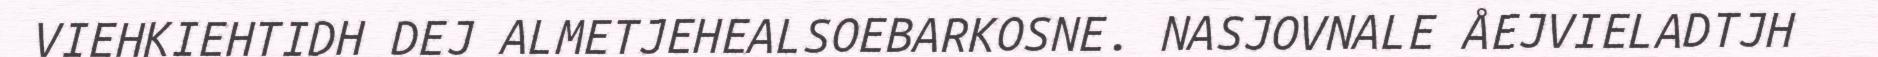
VIEHKIEHTIDH DEJ ALMETJEHEALSOEBARKOSNE. NASJOVNALE ÅEJVIELADTJH